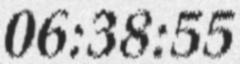
06:38:55